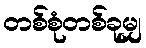
တစ်စုံတစ်ခုမျှ